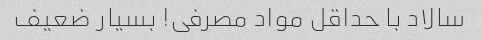
سالاد با حداقل مواد مصرفی! بسیار ضعیف